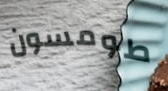
طومسون